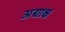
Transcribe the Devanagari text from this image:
अद्याक्ष